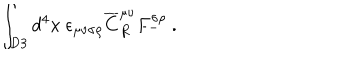
LaTeX: \int _ { \mathrm { D 3 } } d ^ { 4 } x ~ \epsilon _ { \mu \nu \sigma \rho } { \overline { { C } } } _ { R } ^ { \mu \nu } F _ { - } ^ { \sigma \rho } ~ .